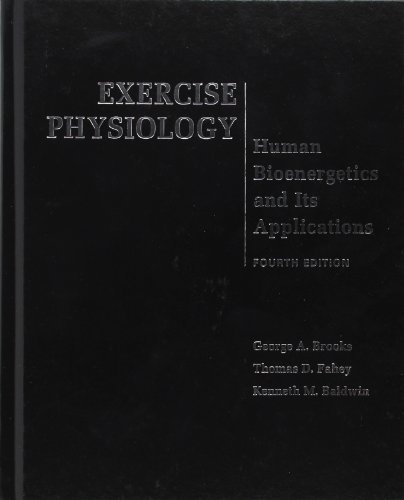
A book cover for Exercise Physiology: Human Bioenergetics and Its Applications; George Brooks; Medical Books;